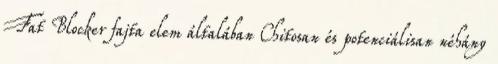
Fat Blocker fajta elem általában Chitosan és potenciálisan néhány